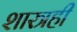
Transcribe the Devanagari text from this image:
शास्त्रही